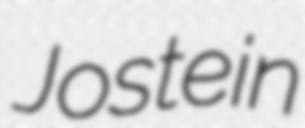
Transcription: Jostein